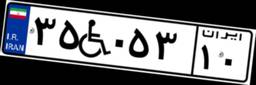
۳۵W۰۵۳۱۰